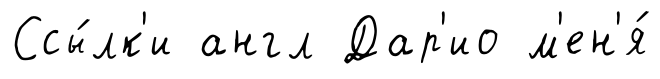
Ссы́лк'и англ Дар'ио м'ен'я́